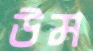
উম